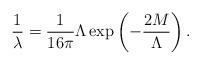
LaTeX: \begin{align*}\frac{1}{\lambda} = \frac{1}{16\pi} \Lambda\exp\left(-\frac{2M}{\Lambda}\right). \end{align*}